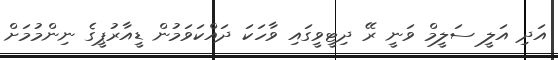
އަދި އަލީ ސަލީމް ވަނީ ރޭ ދިޓީވީގައި ވާހަކަ ދައްކަވަމުން ޑީއާރުޕީގެ ނިންމުމަށް